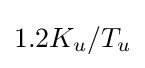
1.2{K_{u}}/T_{u}